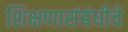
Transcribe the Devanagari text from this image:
शिक्षणासंबंधीचे